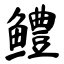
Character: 鳢